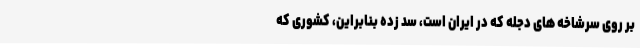
بر روی سرشاخه های دجله که در ایران است، سد زده بنابراین، کشوری که